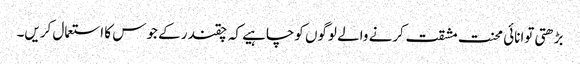
بڑھتی توانائی محنت مشقت کرنے والے لوگوں کوچاہیے کہ چقندر کے جوس کا استعمال کریں۔